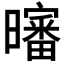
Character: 𰖸